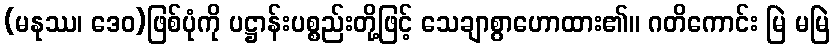
(မနုဿ၊ ဒေဝ)ဖြစ်ပုံကို ပဋ္ဌာန်းပစ္စည်းတို့ဖြင့် သေချာစွာဟောထား၏။ ဂတိကောင်း မြဲ မမြဲ